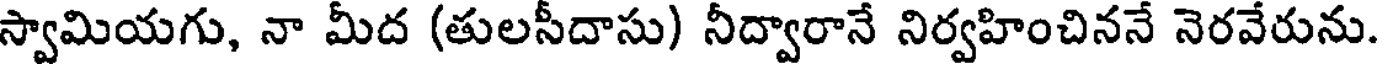
స్వామియగు, నా మీద (తులసీదాసు) నీద్వారానే నిర్వహించిననే నెరవేరును.